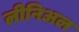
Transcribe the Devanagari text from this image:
लीनिअल